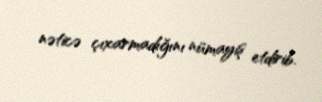
nəticə çıxarmadığını nümayiş etdirib.